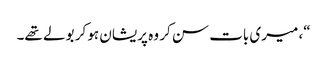
“، میری بات سن کر وہ پریشان ہو کر بولے تھے۔